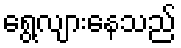
ရွေ့လျားနေသည်